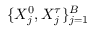
\{ X _ { j } ^ { 0 } , X _ { j } ^ { \tau } \} _ { j = 1 } ^ { B }